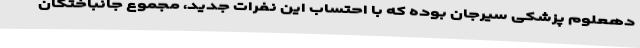
دهعلوم پزشکی سیرجان بوده که با احتساب این نفرات جدید، مجموع جانباختگان